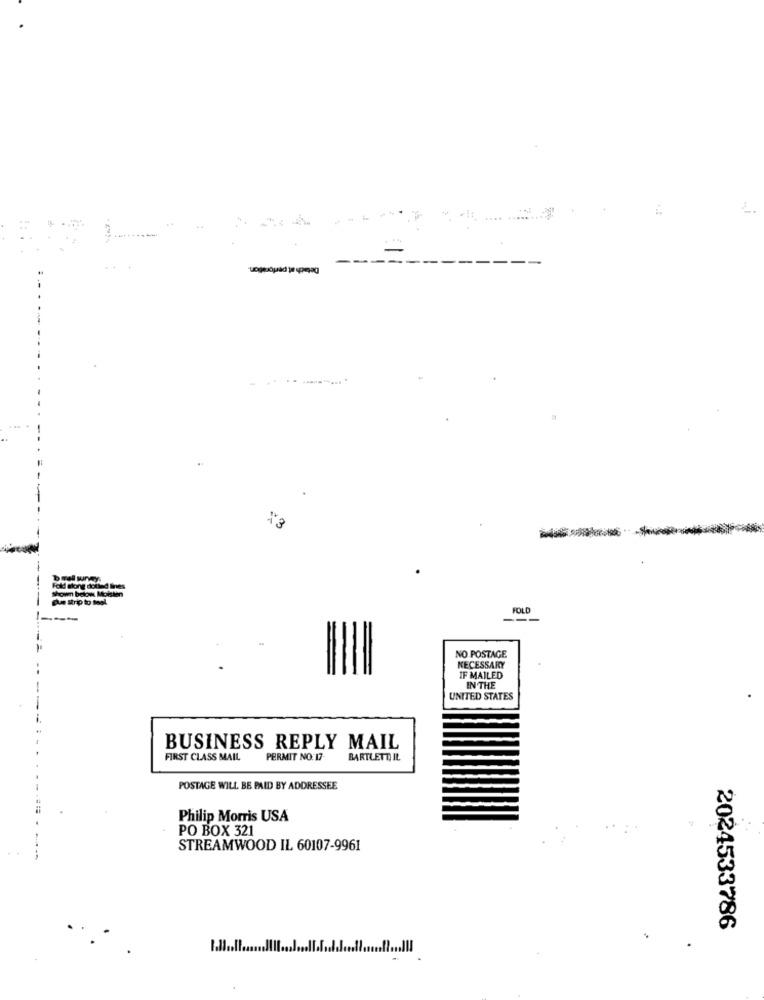
------
X3
FOLD
NO POSTAGE
NECESSARY
IF MAILED
IN THE
UNITED STATES
BUSINESS REPLY MAIL
FIRST CLASS MAIL
PERMIT NO.17
BARTLETT, IL.
POSTAGE WILL BE PAID BY ADDRESSEE
Philip Morris USA
PO BOX 321
STREAMWOOD IL 60107-9961
2024533786